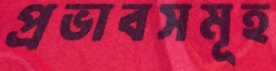
প্রভাবসমূহ